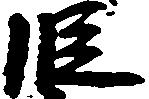
段